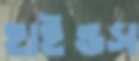
হাইন্ডস